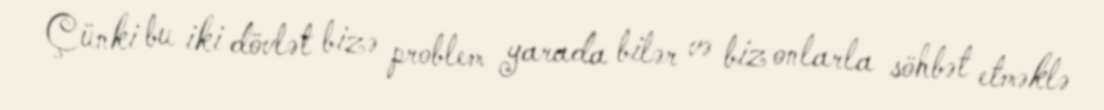
Çünki bu iki dövlət bizə problem yarada bilər və biz onlarla söhbət etməklə